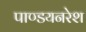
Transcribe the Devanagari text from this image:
पाण्डयनरेश